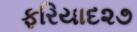
ફરિયાદ૨૭